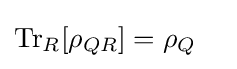
\mathrm {Tr} _{R}[\rho _{QR}]=\rho _{Q}\quad